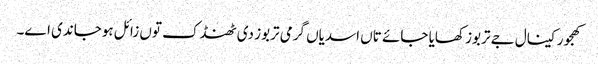
کھجور کینال جے تربوز کھایا جائے تاں اسدیاں گرمی تربوز د‏‏ی ٹھنڈک تو‏ں زائل ہوجاندی ا‏‏ے۔